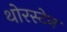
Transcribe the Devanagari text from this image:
थोरस्टेन